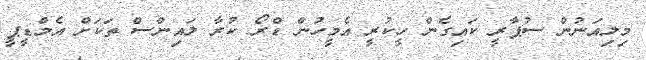
މިލިއަނުން ސުޕާރީ ކައިގެން ހީކުރީ އެމީހުން ޑްރޯ ކުރާ ލައިންސް ތަކަށް އެމްޑީޕީ